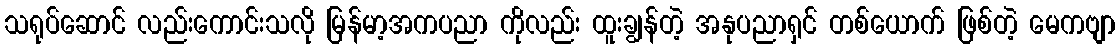
သရုပ်ဆောင် လည်းကောင်းသလို မြန်မာ့အကပညာ ကိုလည်း ထူးချွန်တဲ့ အနုပညာရှင် တစ်ယောက် ဖြစ်တဲ့ မေကဗျာ